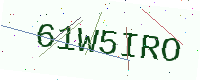
Text: 61W5IRO